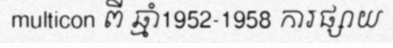
multicon ពី ឆ្មាំ1952-1958 ការផ្សាយ